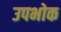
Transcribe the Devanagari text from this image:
उपभोक